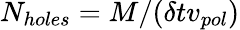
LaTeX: N_{holes}=M/(\delta tv_{pol})